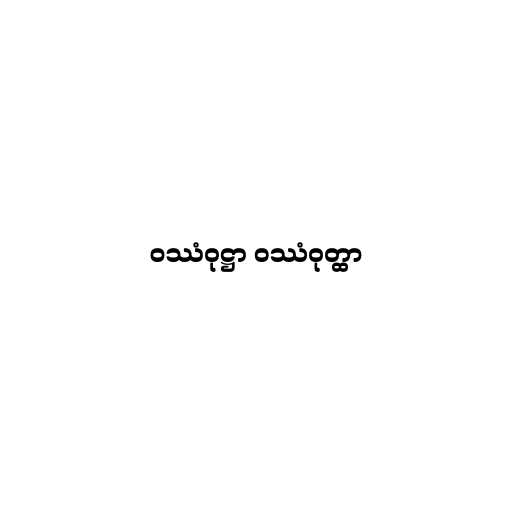
ဝဿံဝုဋ္ဌာ ဝဿံဝုတ္ထာ